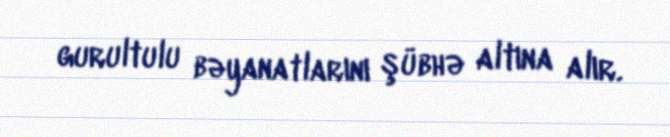
gurultulu bəyanatlarını şübhə altına alır.